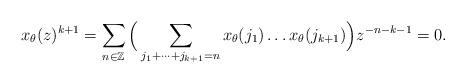
LaTeX: \begin{align*}x_\theta(z)^{k+1}= \sum_{n\in\mathbb Z}\Big(\sum_{j_1+\dots+j_{k+1}=n}x_\theta(j_1)\dots x_\theta(j_{k+1})\Big)z^{-n-k-1}=0.\end{align*}